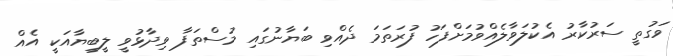
ވަގުތީ ސަރުކާރު އެކުލަވާލެއްވުމަށްފަހު ފުރަތަމަ ދެއްވި ބަޔާނުގައި މުސްތަފާ ވިދާޅުވީ ލީބިޔާއަކީ އެއް